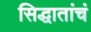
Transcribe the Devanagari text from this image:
सिद्धातांचं